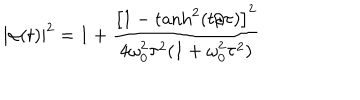
| \alpha ( t ) | ^ { 2 } = 1 + \frac { \left[ 1 - \tanh ^ { 2 } ( t / \tau ) \right] ^ { 2 } } { 4 \omega _ { 0 } ^ { 2 } \tau ^ { 2 } ( 1 + \omega _ { 0 } ^ { 2 } \tau ^ { 2 } ) }